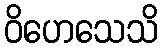
ဝိဟေသေသိ